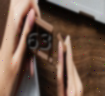
63